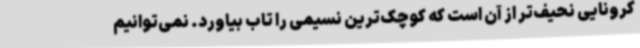
کرونایی نحیف‌تر از آن است که کوچک‌ترین نسیمی را تاب بیاورد. نمی‌توانیم